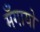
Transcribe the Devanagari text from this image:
मँगायो